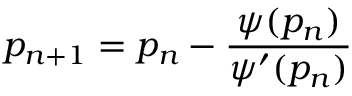
p _ { n + 1 } = p _ { n } - \frac { \psi ( p _ { n } ) } { \psi ^ { \prime } ( p _ { n } ) }